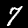
Label: 7